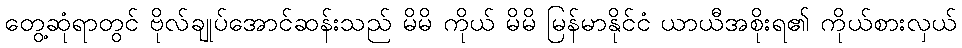
တွေ့ဆုံရာတွင် ဗိုလ်ချုပ်အောင်ဆန်းသည် မိမိ ကိုယ် မိမိ မြန်မာနိုင်ငံ ယာယီအစိုးရ၏ ကိုယ်စားလှယ်